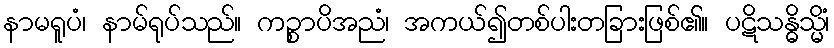
နာမရူပံ၊ နာမ်ရုပ်သည်။ ကဉ္စာပိအညံ၊ အကယ်၍တစ်ပါးတခြားဖြစ်၏။ ပဋိသန္ဓိသ္မိံ၊